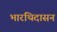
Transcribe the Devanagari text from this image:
भारथिदासन